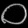
Digit: ၀